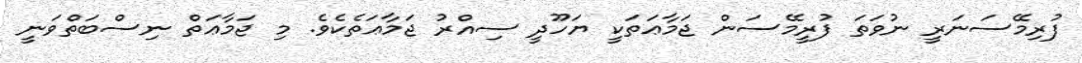
ފުރިމޭސަނަރީ ނުވަތަ ފުރީމޭސަން ޖަމާޢަތަކީ ޔަހޫދީ ސިއްރު ޖަމާޢަތެކެވެ. މި ޖަމާޢަތް ނިސްބަތްވަނީ